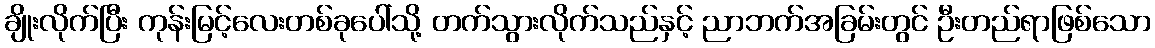
ချိုးလိုက်ပြီး ကုန်းမြင့်လေးတစ်ခုပေါ်သို့ တက်သွားလိုက်သည်နှင့် ညာဘက်အခြမ်းတွင် ဦးတည်ရာဖြစ်သော